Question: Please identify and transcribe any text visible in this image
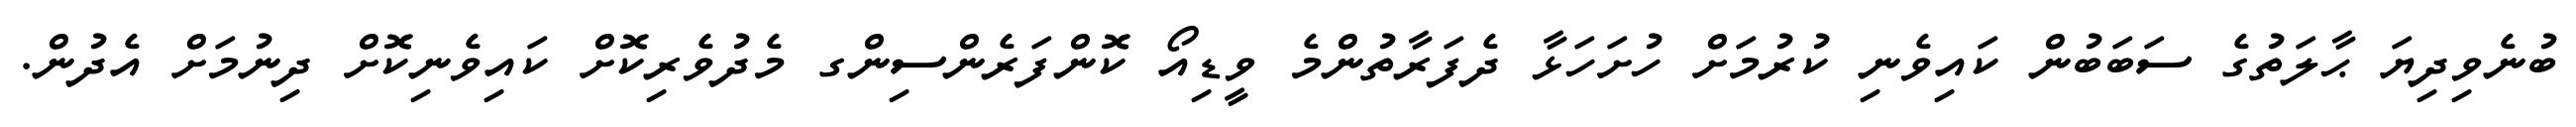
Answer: ބުނެވިދިޔަ ޙާލަތުގެ ސަބަބުން ކައިވެނި ކުރުމަށް ހުށަހަޅާ ދެފަރާތުންމެ ވީޑިއޯ ކޮންފަރެންސިންގ މެދުވެރިކޮށް ކައިވެނިކޮށް ދިނުމަށް އެދުން.